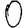
Digit: 0